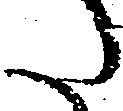
た